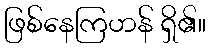
ဖြစ်နေကြဟန် ရှိ၏။